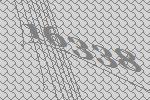
16338